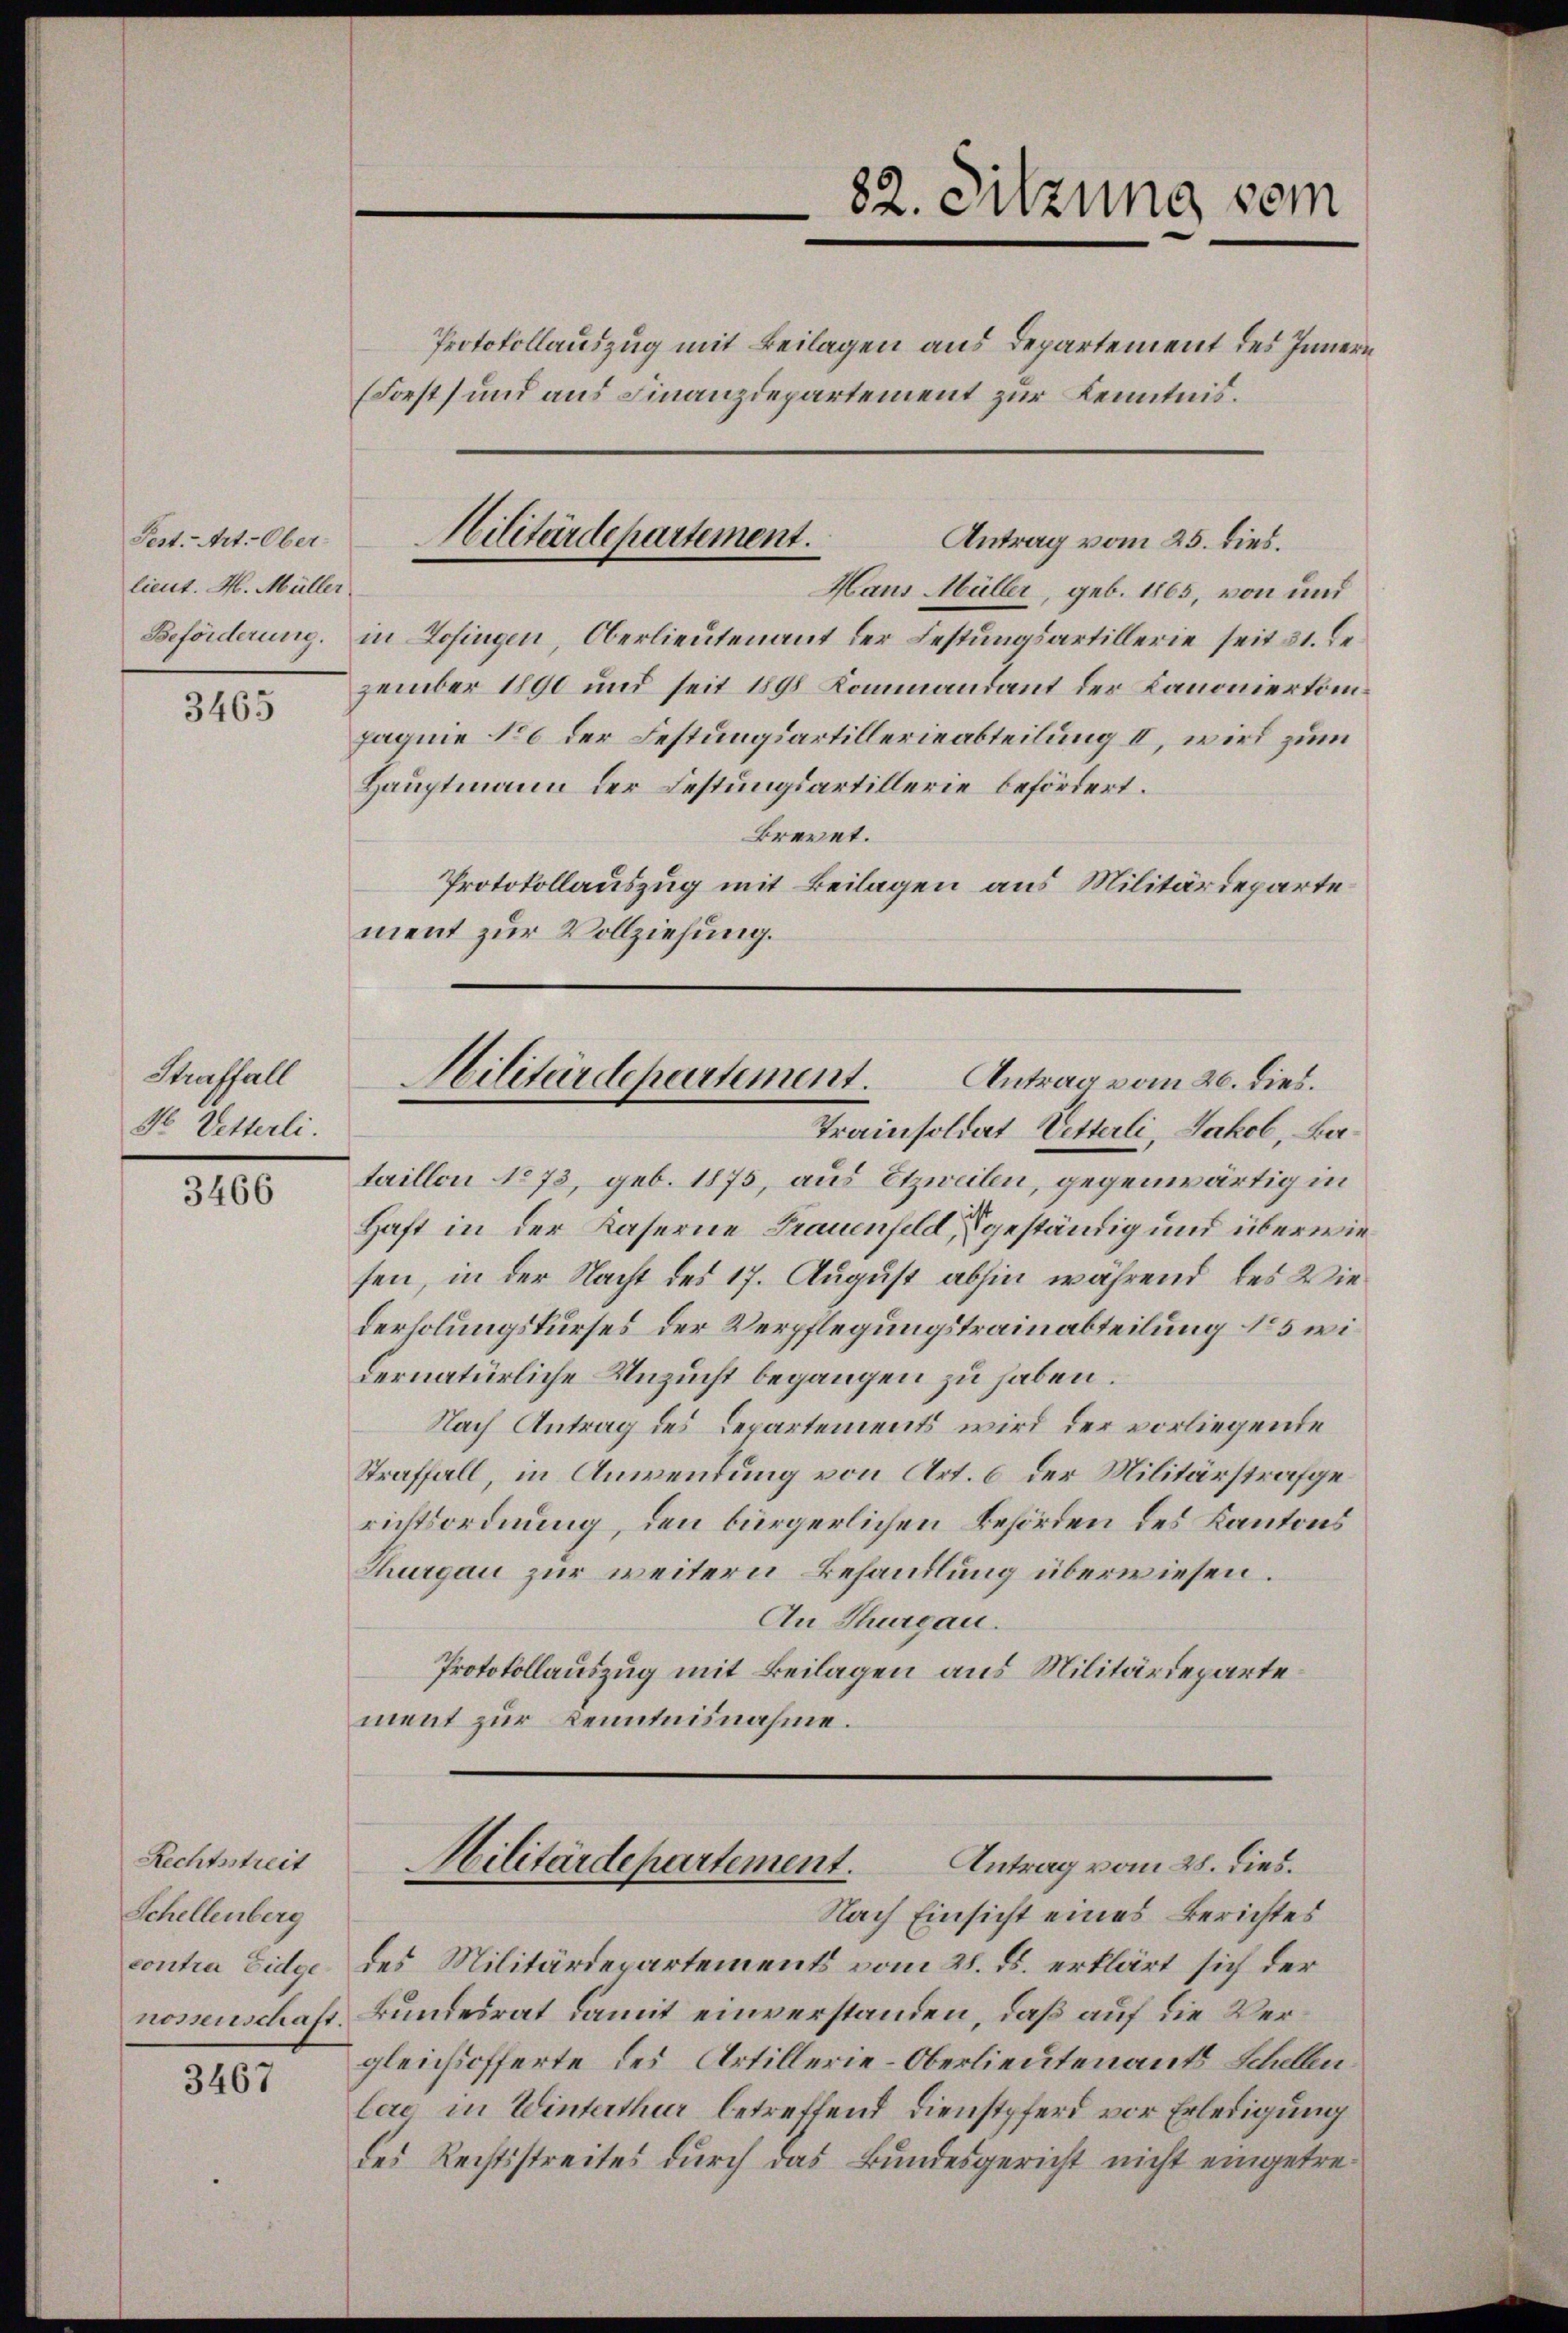
Fest. Art. Ober-
lieut. H. Müller

3465

Straffall
N Vetterli.

3466

Rechtsstreit
Schellenberg
3467

Protokollauszug mit Beilagen aus Departement des Innern
(Forst) und aus Finanzdepartement zur Kenntnis.

Haus Müller, geb. 1865, von und
Beförderung. in Zofingen, Oberlieutenant der Festungsartillerie seit 31. Dezember 1890 und seit 1898 Kommandant der Kanoniertonpagnie No 6 der Festungsartillerieabteilung II, wird zum
Hauptmann der Festungsartillerie befördert.
Brevet.
Protokollauszug mit Beilagen aus Militärdeparte
ment zur Vollziehung.

82. Sitzung sein

Hilitärdepartement.
Antrag vom 25. dies.

Hilitärdepartement. Antrag vom 20. dies.
Trainsoldat Vetterli, Jakob, Ba¬

taillon No 73, geb. 1875, aus Etzweilen, gegenwärtig in
Haft in der Kaserne Frauenfeld, geständig und überwiefen, in der Nacht des 17. August abhin während des Wiederholungskurses der Verpflegungstrainabteilung 15 wi
dernatürliche Unzucht begangen zu haben.
Nach Antrag des Departements wird der vorliegende
Straffall, in Anwendung von Art. 6 der Militärstrafgerichtsordnung, den bürgerlichen Behörden des Kantons
Thurgau zur weitern Behandlung überwiesen.
An Thurgau.
Protokollauszug mit Beilagen aus Militärdepartement zur Kenntnisnahme.

Antrag vom 28. dies.
Militärdepartement.
Nach Einsicht eines Berichtes

contra Eidge des Militärdepartements vom 28. ds. erklärt sich der
rossenschaft Bundesrat damit einverstanden, daß auf die Vergleichsofferte des Artillerie-Oberlieutenants Schellen.
lere in Winterthur betreffend Dienstpferd vor Erledigung
des Rechtsstreites durch das Bundesgericht nicht eingetre¬